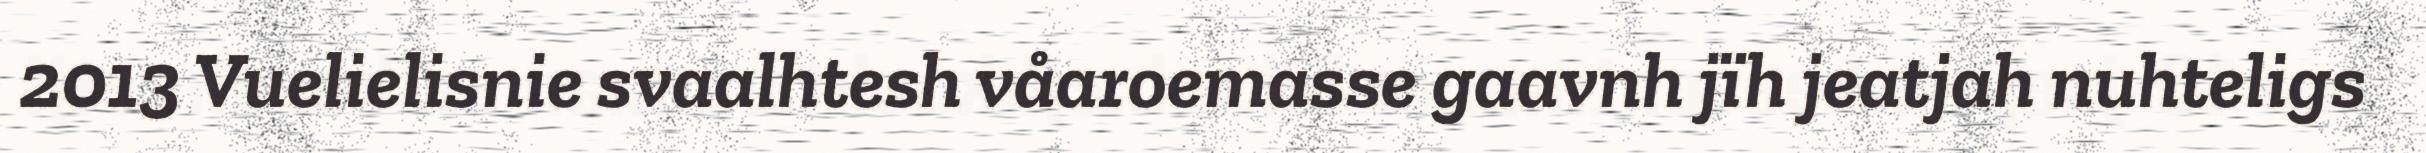
2013 Vuelielisnie svaalhtesh våaroemasse gaavnh jïh jeatjah nuhteligs